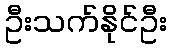
ဦးသက်နိုင်ဦး